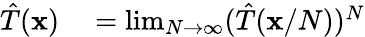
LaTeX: \begin{array}{rl}{{\hat{T}}(\mathbf{x})}&{{}=\operatorname*{lim}_{N\to\infty}({\hat{T}}(\mathbf{x}/N))^{N}}\end{array}